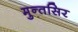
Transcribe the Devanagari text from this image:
मुन्तसिर